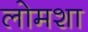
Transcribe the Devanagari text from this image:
लोमशा